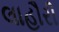
લાહૌરી